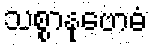
သစ္စာနုဗောဓံ